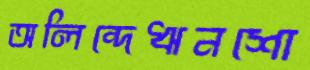
অলিন্দেঋনশো